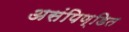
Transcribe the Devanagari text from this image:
असंपिण्डित